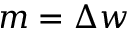
m = \Delta w